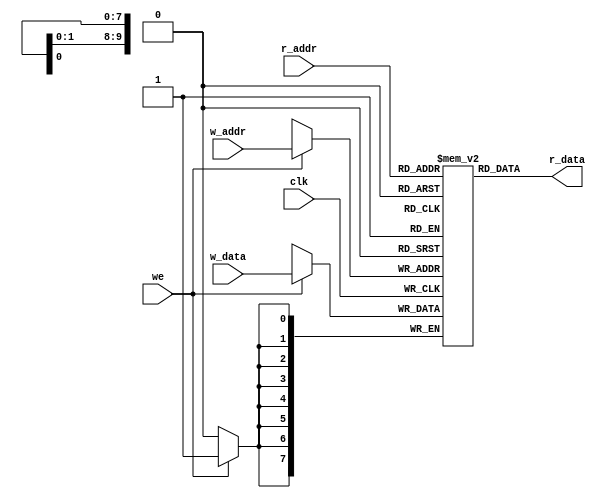
module sync_fifo_mem 
  (input  we, clk,
   input  [D_WIDTH-1:0] w_data, 
   input  [$clog2(DEPTH)-1:0] w_addr,
   input  [$clog2(DEPTH)-1:0] r_addr,
   output  [D_WIDTH-1:0] r_data);

  parameter DEPTH = 1024, D_WIDTH = 8;

  reg [D_WIDTH-1:0] mem [0:DEPTH-1];
  
  always @ (posedge clk)
    begin
      
      // write first we_a is active high
      if (we)
        mem[w_addr] <= w_data;
      
    end

  // read operation is similar to feed through
  assign r_data = mem[r_addr];

  
endmodule